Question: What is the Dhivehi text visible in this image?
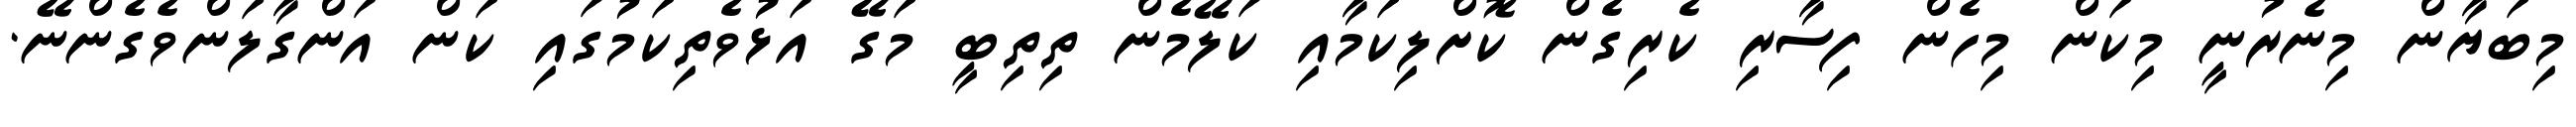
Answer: މިބަޔާން މިނެރުނީ މިކަން މިހެން ފިސާރި ކެރިގެން ކޮށްލިކަމާއި ކަލޭމެން ތިތިބީ މަގޭ އަޅުވެތިކަމުގައި ކަން އަންގާލަންވެގެންނޭ.